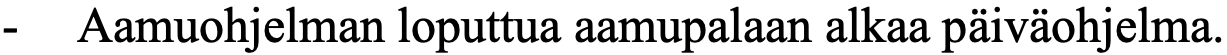
-  Aamuohjelman loputtua aamupalaan alkaa päiväohjelma.